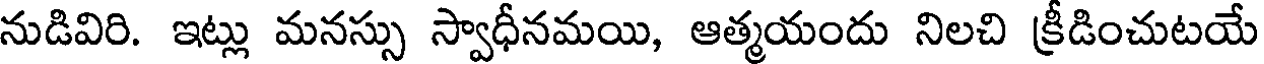
నుడివిరి. ఇట్లు మనస్సు స్వాధీనమయి, ఆత్మయందు నిలచి క్రీడించుటయే